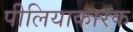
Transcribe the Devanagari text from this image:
पीलियाकारक